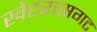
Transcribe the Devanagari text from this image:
खेटरासगट